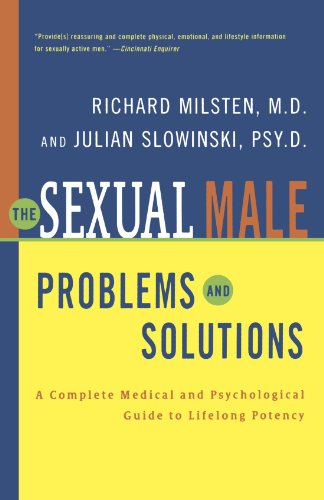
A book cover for The Sexual Male: Problems and Solutions; Richard Milsten; Health, Fitness & Dieting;